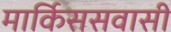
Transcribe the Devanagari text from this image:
मार्किससवासी